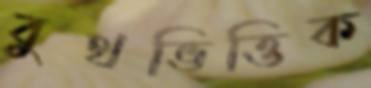
বুথভিত্তিক